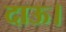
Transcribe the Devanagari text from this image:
दाऊ।